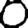
Digit: 0